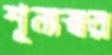
শূন্যস্বর